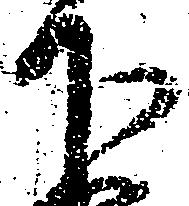
下